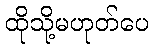
ထိုသို့မဟုတ်ပေ